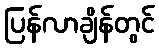
ပြန်လာချိန်တွင်